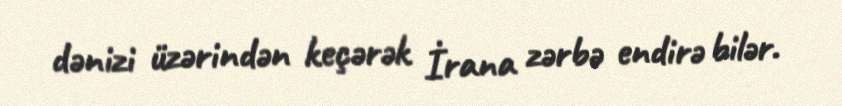
dənizi üzərindən keçərək İrana zərbə endirə bilər.